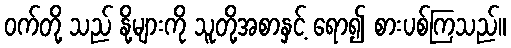
ဝက်တို့ သည် နို့များကို သူတို့အစာနှင့် ရော၍ စားပစ်ကြသည်။